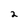
Character: 2